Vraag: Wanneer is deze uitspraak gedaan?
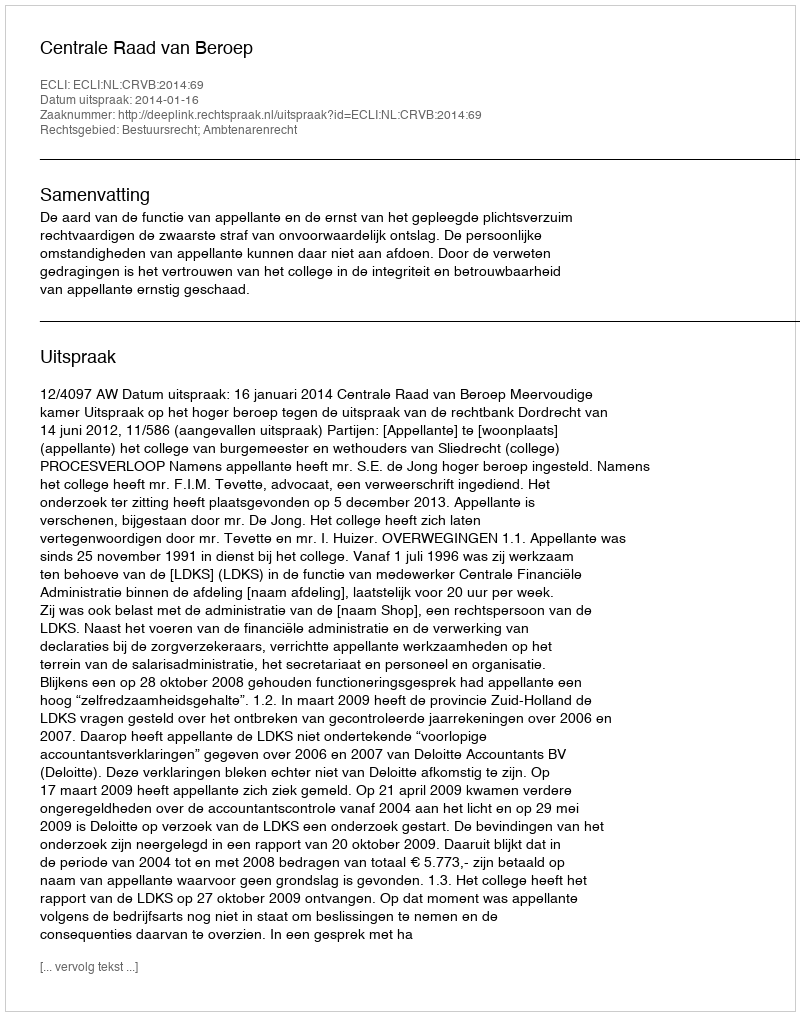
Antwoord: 2014-01-16